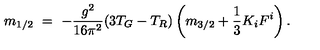
m _ { 1 / 2 } \ = \ - { \frac { g ^ { 2 } } { 1 6 \pi ^ { 2 } } } ( 3 T _ { G } - T _ { R } ) \left( m _ { 3 / 2 } + { \frac { 1 } { 3 } } K _ { i } F ^ { i } \right) .